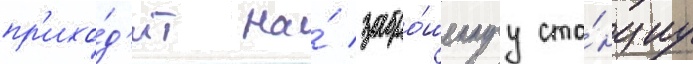
пр'ихо́д'ит на́ забро́шеннуу ста́нциу